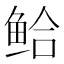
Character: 𫚗